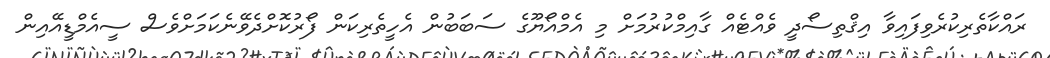
ރައްކާތެރިކުރެވިފައިވާ އިޤްތިސޯދީ ވެއްޓެއް ގާއިމްކުރުމަށް މި އެމްއޯޔޫގެ ސަބަބުން އެހީތެރިކަން ފޯރުކޮށްދެވޭނެކަމަށްވެސް ސީއެމްޑީއޭއިން